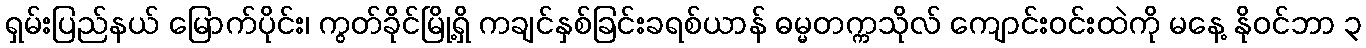
ရှမ်းပြည်နယ် မြောက်ပိုင်း၊ ကွတ်ခိုင်မြို့ရှိ ကချင်နှစ်ခြင်းခရစ်ယာန် ဓမ္မတက္ကသိုလ် ကျောင်းဝင်းထဲကို မနေ့ နိုဝင်ဘာ ၃